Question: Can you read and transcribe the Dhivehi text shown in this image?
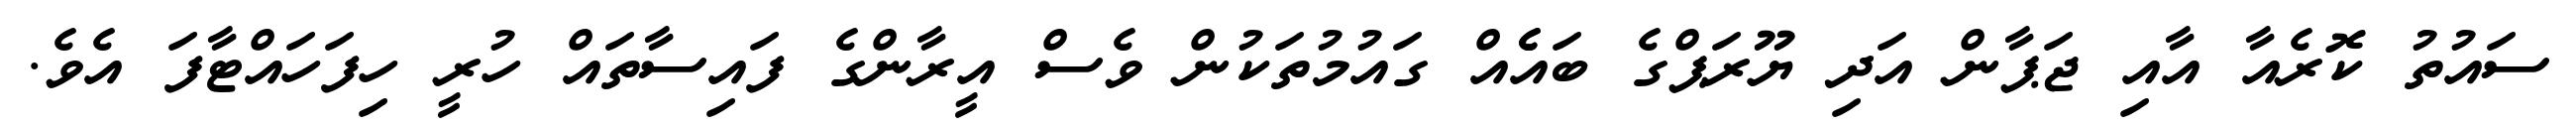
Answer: ސައުތު ކޮރެއާ އާއި ޖަޕާން އަދި ޔޫރަޕްގެ ބައެެއް ގައުމުތަކުން ވެސް އީރާންގެ ފައިސާތައް ހުރީ ހިފަހައްޓާފަ އެވެ.